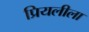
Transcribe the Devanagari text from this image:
प्रियलीला